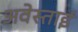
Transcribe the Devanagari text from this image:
अवेस्ताई